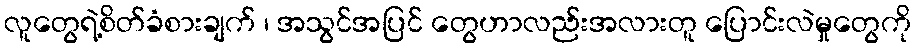
လူတွေရဲ့စိတ်ခံစားချက် ၊ အသွင်အပြင် တွေဟာလည်းအလားတူ ပြောင်းလဲမှုတွေကို